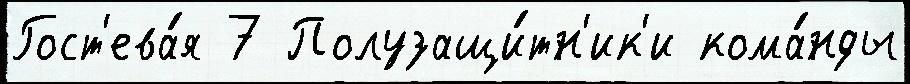
Гост'ева́я 7 Полузащи́тн'ик'и кома́нды